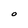
Character: O